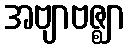
အဗျာဗဇ္ဈာ